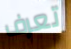
تعرف